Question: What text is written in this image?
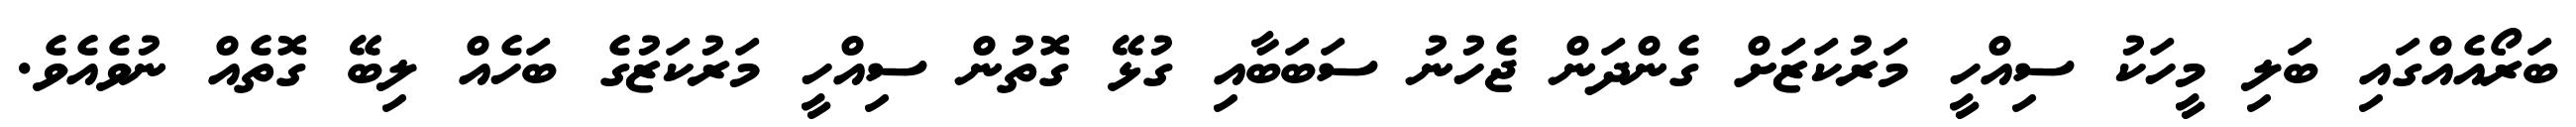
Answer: ބަރޯއެއްގައި ބަލި މީހަކު ސިއްހީ މަރުކަޒަށް ގެންދަން ޖެހުނު ސަބަބާއި ގުޅޭ ގޮތުން ސިއްހީ މަރުކަޒުގެ ބަހެއް ލިބޭ ގޮތެއް ނުވެއެވެ.